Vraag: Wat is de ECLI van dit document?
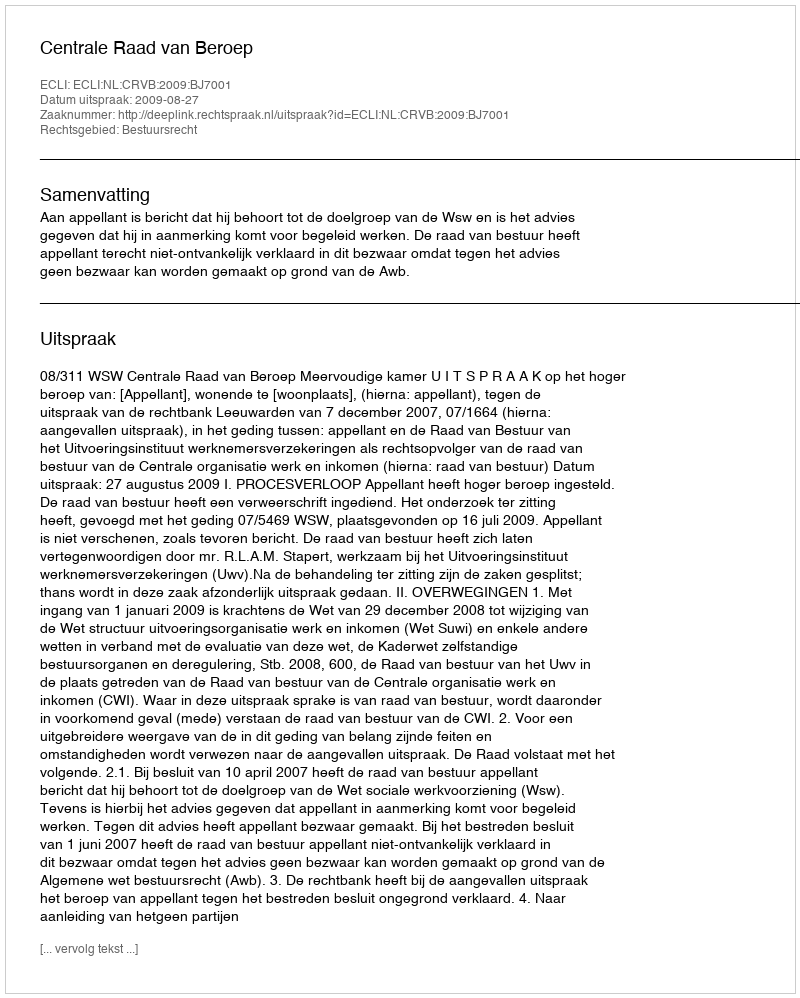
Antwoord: ECLI:NL:CRVB:2009:BJ7001